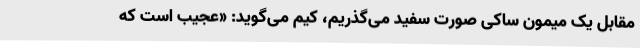
مقابل یک میمون ساکی صورت سفید می‌گذریم، کیم می‌گوید: «عجیب است که